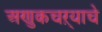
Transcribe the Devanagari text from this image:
अणुकचऱ्याचे